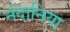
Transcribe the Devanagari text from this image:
नंदानिया